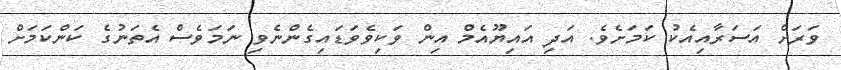
ވަރަށް އަސަރާއިއެކު ކަމަށެވެ. އަދި އައިޔޫއެމް އިން ވަކިވެވަޑައިގެންނެވި ނަމަވެސް އެތަނުގެ ކަންކަމަށް